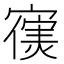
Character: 𫴊